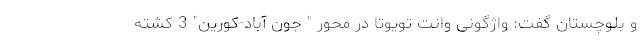
و بلوچستان گفت: واژگونی وانت تویوتا در محور " جون آباد-کورین" 3 کشته